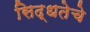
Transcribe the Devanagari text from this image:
सिद्धतेचे